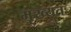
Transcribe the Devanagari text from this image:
मृख्यतः